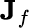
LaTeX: \mathbf{J}_{f}